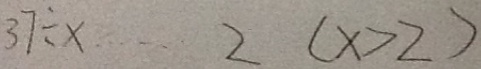
3 7 \div x \cdots 2 ( x > 2 )